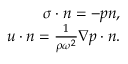
\begin{array} { r } { \sigma \cdot n = - p n , } \\ { u \cdot n = \frac { 1 } { \rho \omega ^ { 2 } } \nabla p \cdot n . } \end{array}